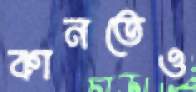
কানতেও